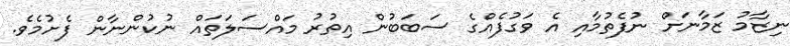
ނިޒާމު ޒަމާނަށް ނުފެތުމާއި އެ ވަގުފެއްގެ ސަބަބުން އިތުރު މައްސަލަތައް ނުކުންނާން ފެށުމެވެ.